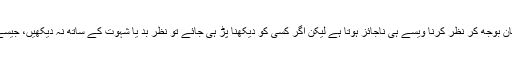
جسم کے بعض حصوں کی طرف جان بوجھ کر نظر کرنا ویسے ہی ناجائز ہوتا ہے لیکن اگر کسی کو دیکھنا پڑ ہی جائے تو نظر بد یا شہوت کے ساتھ نہ دیکھیں، جیسے ڈاکٹر کا مریض کو دیکھنا وغیرہ۔